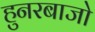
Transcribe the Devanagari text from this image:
हुनरबाजो